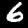
Digit: 6